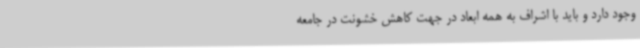
وجود دارد و باید با اشراف به همه ابعاد در جهت کاهش خشونت در جامعه